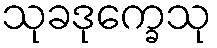
သုခဒုက္ခေသု